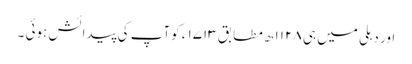
اور دہلی میں ہی ۱۱۲۸ ھ مطابق ۱۷۱۳ ء کوآپ کی پیدائش ہوئی ۔